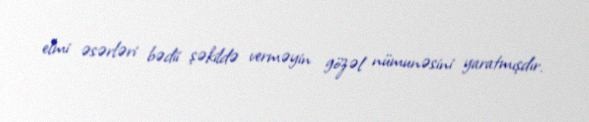
elmi əsərləri bədii şəkildə verməyin gözəl nümunəsini yaratmışdır.